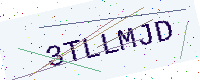
Text: 3TLLMJD